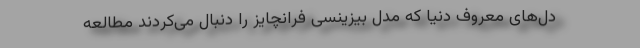
دل‌های معروف دنیا که مدل بیزینسی فرانچایز را دنبال می‌کردند مطالعه